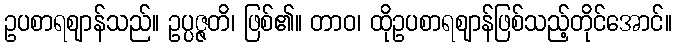
ဥပစာရဈာန်သည်။ ဥပ္ပဇ္ဇတိ၊ ဖြစ်၏။ တာဝ၊ ထိုဥပစာရဈာန်ဖြစ်သည့်တိုင်အောင်။